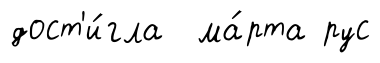
дост'и́гла ма́рта рус